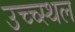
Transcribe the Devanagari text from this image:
उच्च्स्थल